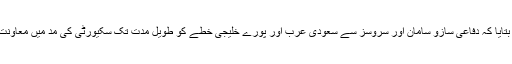
انھوں نے بتایا کہ دفاعی سازو سامان اور سروسز سے سعودی عرب اور پورے خلیجی خطے کو طویل مدت تک سکیورٹی کی مد میں معاونت ملے گی۔